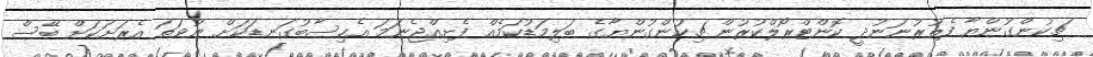
ޗިކުންގުންޔާ ފެތުރުނަނުދީ ކޮންޓްރޯލްކުރުން ޗިކުންގުންޔާގެ ބަލިމަޑުކަމެއް ފެށިއްޖެނަމަ އެހިސާބުގަނޑަކަށް ނުވަތަ އެރަށަކަށް ބޭސް